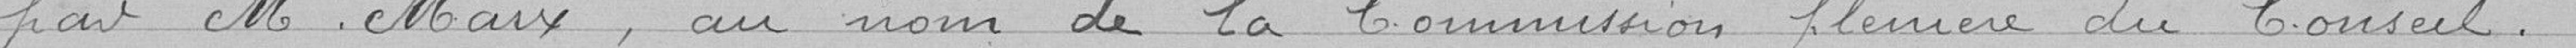
par M.Marx, au nom de la Commission plénière du Conseil.